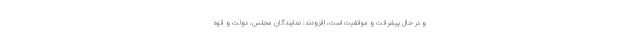
و در حال پیشرفت و موفقیت است، افزودند: نمایندگان مجلس، دولت و قوه